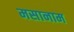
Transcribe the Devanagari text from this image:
मसानाम